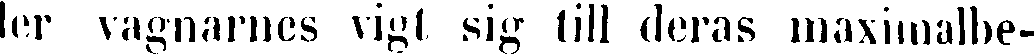
ler vagnarnes vigt sig till deras maximalbe-